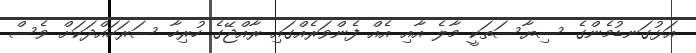
އަޅުގަނޑުމެންގެ ސިޔާސަތަކީ މާލެ އާއި އެއް ފެންވަރެއްގައި ރާއްޖޭގެ ހުރިހާ ސަރަހައްދަކަށް ވެސް